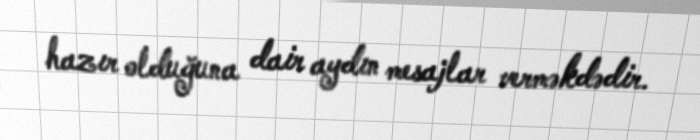
hazır olduğuna dair aydın mesajlar verməkdədir.